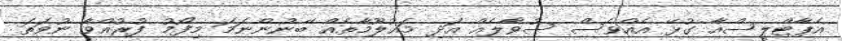
އެޕާޓްލީސްއާ ގުޅޭ އެއްވެސް ސުވާލެއް އަދި މައުލޫމާތެއް ބޭނުންނަމަ މިފޯމު ފުރުއްވާ ނުވަތަ